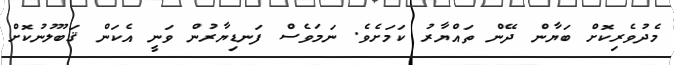
މެދުވެރިކޮށް ބަޔާން ދޭން ތައްޔާރު ކަމަށެވެ. ނަމަވެސް ފަނޑިޔާރުން ވަނީ އެކަން ޤަބޫލުނުކޮށް